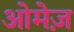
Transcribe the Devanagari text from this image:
ओमेज़